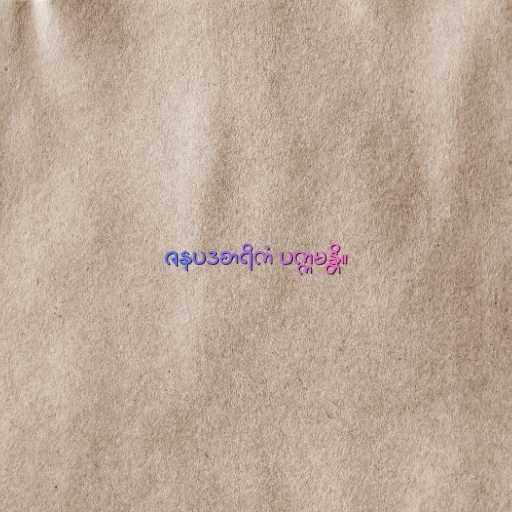
ဇနပဒစာရိကံ ပက္ကမန္တိ။